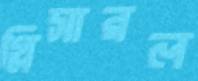
গ্লিসারল